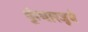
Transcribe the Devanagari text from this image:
कुंभारजुवे